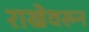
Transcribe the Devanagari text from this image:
राखेवरुन